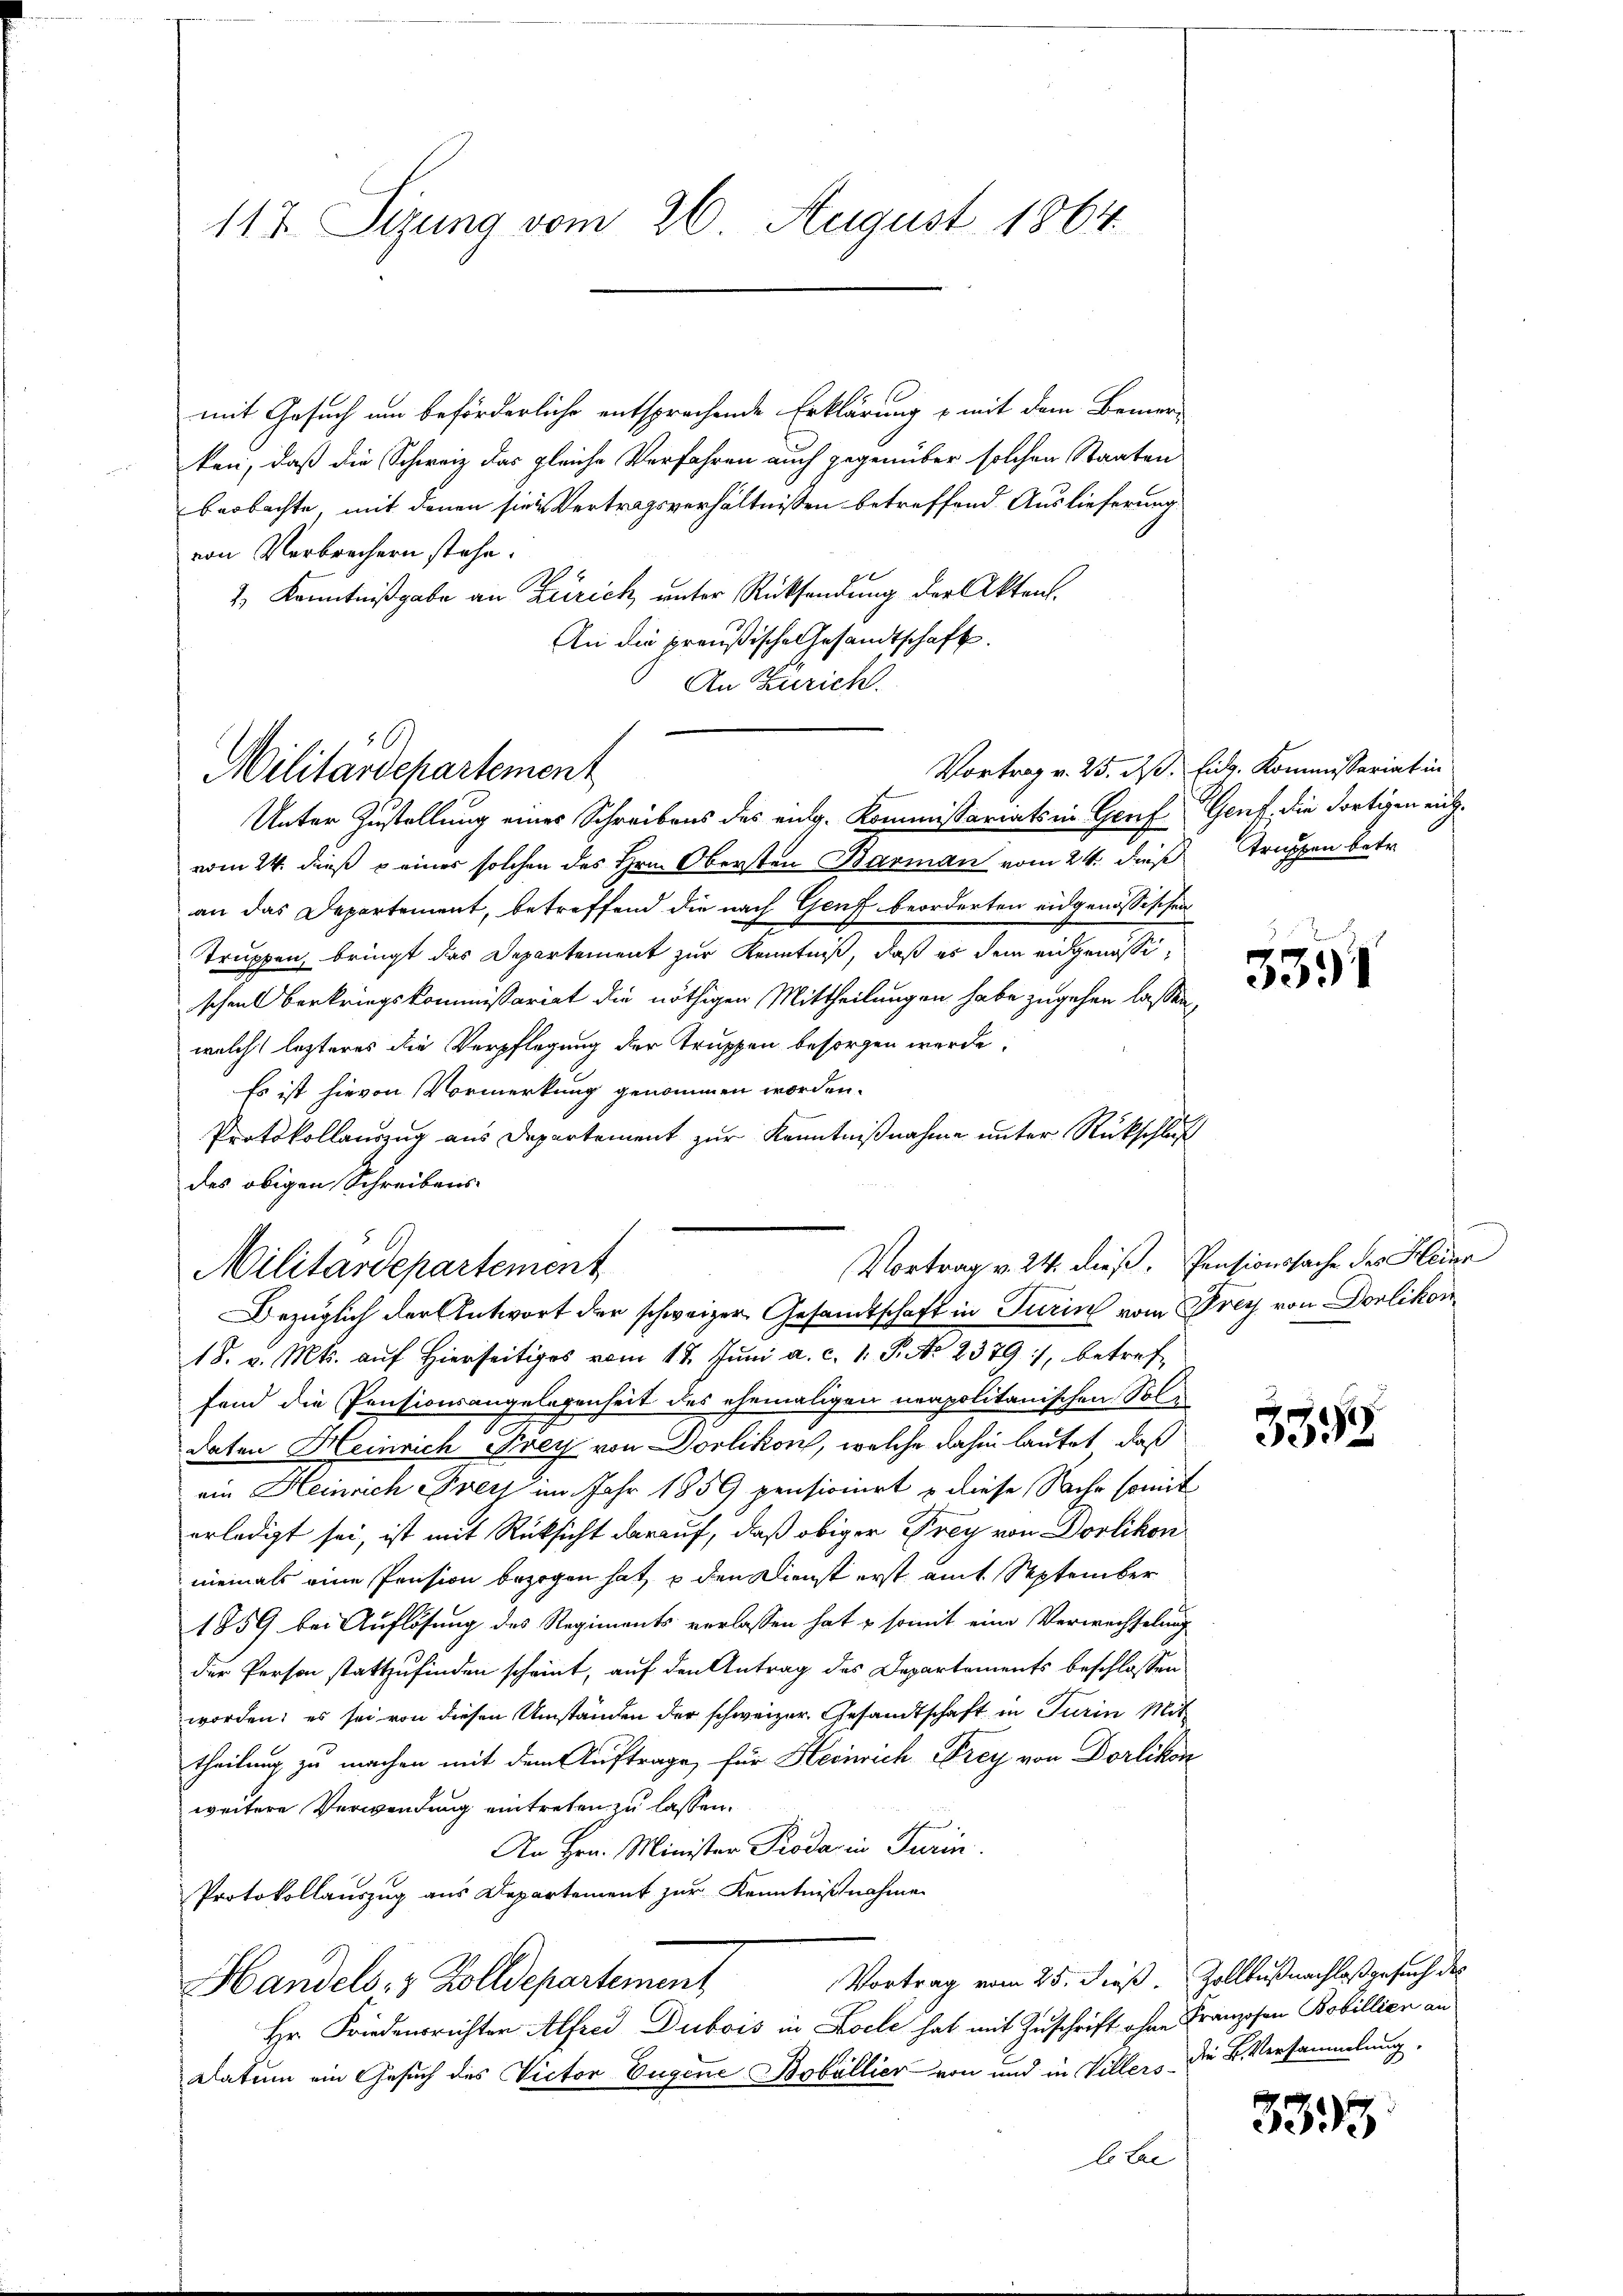
117 Sizung vom 26. August 1864.

mit Gesuch um beförderliche entsprachende Erklärung u mit dem Bemer-
ken, daß die Schweiz das gleiche Verfahren auch gegenüber solchen Staaten
beobachte, mit denen sie Vertragsverhältnissen betreffend Auslieferung
von Verbrechern stehe.
x
2) Kenntnißgabe an Zürich, unter Rücksendung der Akten.
An die preußische Gesandtschaft.
An Zürich.

Unter Zustellung eines Schreibens des eing. Kommissariats in Genf, Genf die Fortigen eichvom 24. dieß & einer solchen des Hrn. Obersten Barman vom 24. dieß Truppen betr.
an das Departement, betreffend die nach Genf beorderten eidgenössischen
Truppen, bringt das Departement zur Kenntniß, daß es dem eidgenossischeil berkriegskommissariat die nöthigen Mittheilungen habe zugehen lassen,
welch lezteres die Verpflegung der Truppen besorgen werde.
Es ist hievon Vormerkung genommen worden.
Protokollauszug aus Departement zur Kenntnißnahme unter Rückschluß
des obigen Schreibens-
Vortrag v. 24. dieß, Pensionssache des Heinr
18. v. Mts. auf Hierseits vom 18. Juni a. c. 1. P. No 2379), betreffand die Pensionsangelegenheit des ehemaligen neapolitanischen Sole
daten Heinrich Frey von Dorlikon, welche dahin lautet, daß
ein Heinrich Preis im Jahr 1859 pensionirt & diese Sache somit
erledigt sei, ist mit Rüksicht darauf, daß obiger Frey von Dorlikon
niemals eine Pension bezogen hat, u den Dienst erst amt. September
1859 bei Auflösung des Regiments verlassen hat & somit eine Verwechselung
der Person stattzufinden scheint, auf den Antrag des Departements beschlossen
worden; es sei von diesen Umständen der schweizer. Gesandtschaft in Turin Mittheilung zu machen mit dem Auftrage, für Heinrich Frey von Dorlikon
weitere Verwendung eintreten zu lassen.
h
An Hrn. Minister Proda, in Turin
Protokollauszug aus Departement zur Kenntnißnahme
Vortrag vom 25. dieß. Zollbüßnachlaß gesuch des
Handels- & Zolldepartement
Hr. Friedensrichter Alfrei Dubois in Loele hat mit Zuschrift ohne Franzosen Bobillien an
Datum ein Gesuch des Victor Eugene Bobállier von und in Villers die K. Versammlung.
Extae

Militärdepartement

Militärdepartement
Bezüglich der Antwort der schweizer Gesandtschaft in Turin vom Prey von Dorlikon

Vortrag v. 25. dß. Eidg. Kommissariat in

3391

3395

3393